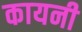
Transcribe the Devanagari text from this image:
कायनी